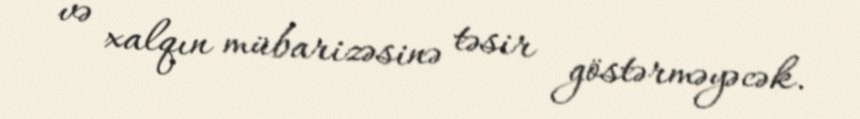
və xalqın mübarizəsinə təsir göstərməyəcək.